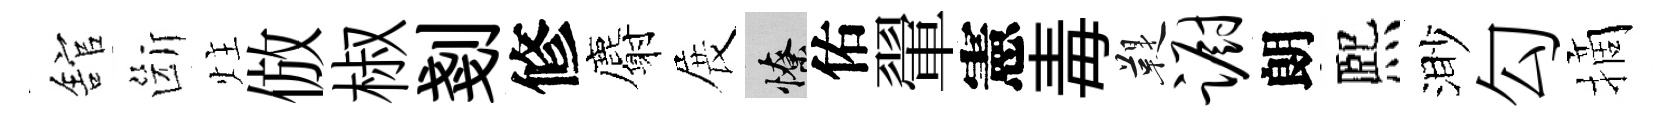
舘斷炷倣椒剗修麝展憭佑翬憲毒鞮蹰朗熈渺勾摘